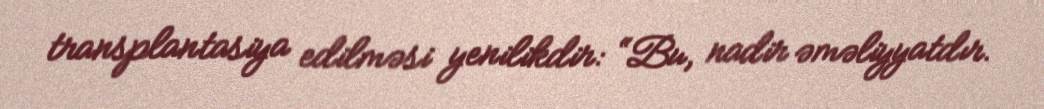
transplantasiya edilməsi yenilikdir: “Bu, nadir əməliyyatdır.